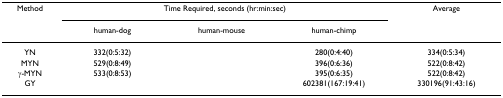
<table><thead><tr><td><b>Method</b></td><td colspan="3"><b>Time Required, seconds (hr:min:sec)</b></td><td><b>Average</b></td></tr><tr><td>[EMPTY_CELL]</td><td><b>human-dog</b></td><td><b>human-mouse</b></td><td><b>human-chimp</b></td><td>[EMPTY_CELL]</td></tr></thead><tbody><tr><td>YN</td><td>332(0:5:32)</td><td>[EMPTY_CELL]</td><td>280(0:4:40)</td><td>334(0:5:34)</td></tr><tr><td>MYN</td><td>529(0:8:49)</td><td>[EMPTY_CELL]</td><td>396(0:6:36)</td><td>522(0:8:42)</td></tr><tr><td>γ-MYN</td><td>533(0:8:53)</td><td>[EMPTY_CELL]</td><td>395(0:6:35)</td><td>522(0:8:42)</td></tr><tr><td>GY</td><td>[EMPTY_CELL]</td><td>[EMPTY_CELL]</td><td>602381(167:19:41)</td><td>330196(91:43:16)</td></tr></tbody></table>